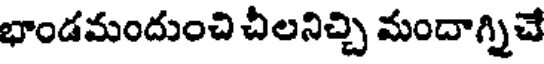
భాండమందుంచి చీలనిచ్చి మందాగ్నిచే